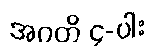
အဂတိ ၄-ပါး